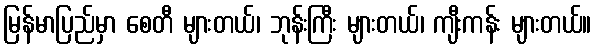
မြန်မာပြည်မှာ စေတီ များတယ်၊ ဘုန်းကြီး များတယ်၊ ကျီးကန်း များတယ်။